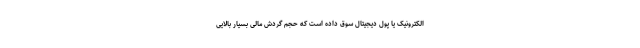
الکترونیک یا پول دیجیتال سوق داده است که حجم گردش مالی بسیار بالایی